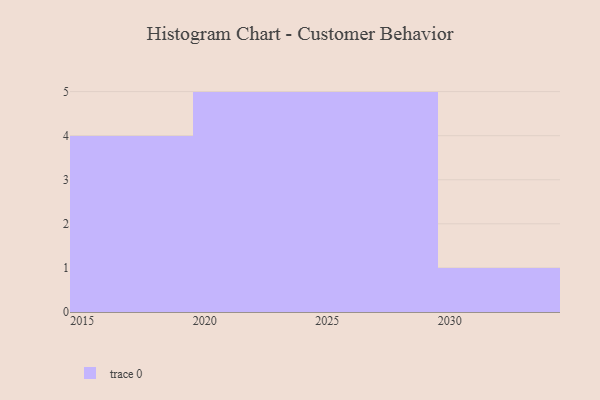
{"axis": {"x": "Year", "y": "Production Output"}, "legend": [""], "data": [{"x": "2017", "y": 44, "type": ""}, {"x": "2023", "y": 51, "type": ""}, {"x": "2025", "y": 13, "type": ""}, {"x": "2024", "y": 23, "type": ""}, {"x": "2019", "y": 96, "type": ""}, {"x": "2016", "y": 82, "type": ""}, {"x": "2027", "y": 41, "type": ""}, {"x": "2021", "y": 50, "type": ""}, {"x": "2026", "y": 57, "type": ""}, {"x": "2020", "y": 82, "type": ""}, {"x": "2029", "y": 63, "type": ""}, {"x": "2028", "y": 29, "type": ""}, {"x": "2015", "y": 63, "type": ""}, {"x": "2022", "y": 48, "type": ""}, {"x": "2030", "y": 71, "type": ""}]}